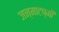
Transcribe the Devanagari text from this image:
जन्माटष्मी